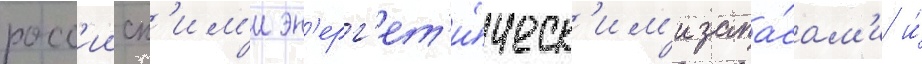
росс'ииск'им'и эн'ерг'ет'и́ческ'им'и запа́сам'и и́